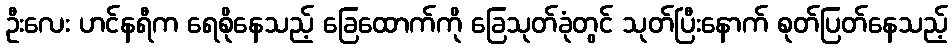
ဦးလေး ဟင်နရီက ရေစိုနေသည့် ခြေထောက်ကို ခြေသုတ်ခုံတွင် သုတ်ပြီးနောက် စုတ်ပြတ်နေသည့်